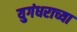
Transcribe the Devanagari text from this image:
युगंधराच्या